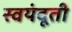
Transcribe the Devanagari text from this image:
स्वयंदूती